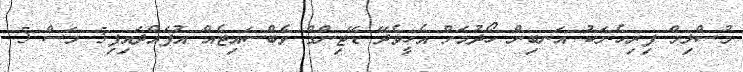
މުސްލިމް ފިރިހެނަކު އަނބިން ހޯދުމަށް އެހީވެދޭ ޑޭޓިންގް ވެބްސައިޓެއް އުފައްދައިފި5 މަސް 5